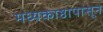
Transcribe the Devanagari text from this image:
मध्यकाष्ठापासून